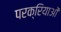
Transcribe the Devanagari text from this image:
परक्रियाओं